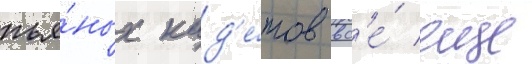
пья́ных кад'е́тов вс'е́ еще